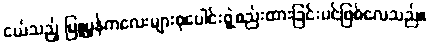
ငယ်သည့် မြူမှုန်ကလေးများစုပေါင်းဖွဲ့စည်းထားခြင်းပင်ဖြစ်လေသည်။